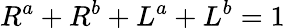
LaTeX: R^{a}+R^{b}+L^{a}+L^{b}=1